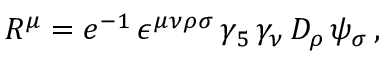
R ^ { \mu } = e ^ { - 1 } \, \epsilon ^ { \mu \nu \rho \sigma } \, \gamma _ { 5 } \, \gamma _ { \nu } \, D _ { \rho } \, \psi _ { \sigma } \, ,